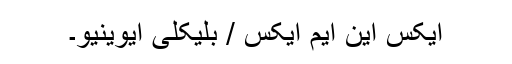
ایکس این ایم ایکس / بلیکلی ایوینیو۔